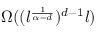
\Omega ( ( l ^ { \frac { 1 } { \alpha - d } } ) ^ { d - 1 } l )